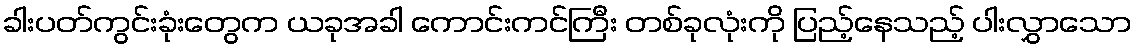
ခါးပတ်ကွင်းခုံးတွေက ယခုအခါ ကောင်းကင်ကြီး တစ်ခုလုံးကို ပြည့်နေသည့် ပါးလွှာသော